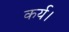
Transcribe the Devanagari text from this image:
कर्य।